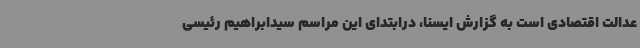
عدالت اقتصادی است به گزارش ایسنا، درابتدای این مراسم سیدابراهیم رئیسی